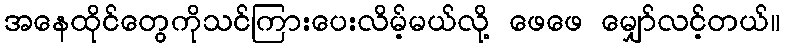
အနေထိုင်တွေကိုသင်ကြားပေးလိမ့်မယ်လို့ ဖေဖေ မျှော်လင့်တယ်။